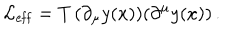
LaTeX: { \cal L } _ { \mathrm { e f f } } = T \, ( \partial _ { \mu } y ( x ) ) ( \partial ^ { \mu } y ( x ) ) \, .